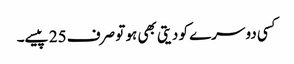
کسی دوسرے کو دیتی بھی ہو تو صرف 25 پیسے۔